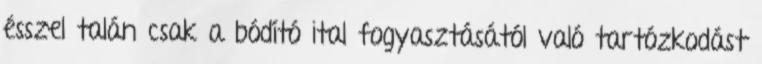
ésszel talán csak a bódító ital fogyasztásától való tartózkodást